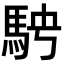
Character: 𩢆